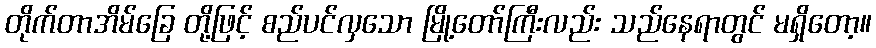
တိုက်တာအိမ်ခြေ တို့ဖြင့် စည်ပင်လှသော မြို့တော်ကြီးလည်း သည်နေရာတွင် မရှိတော့။